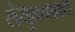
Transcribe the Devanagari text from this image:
संयुक्तवाक्य